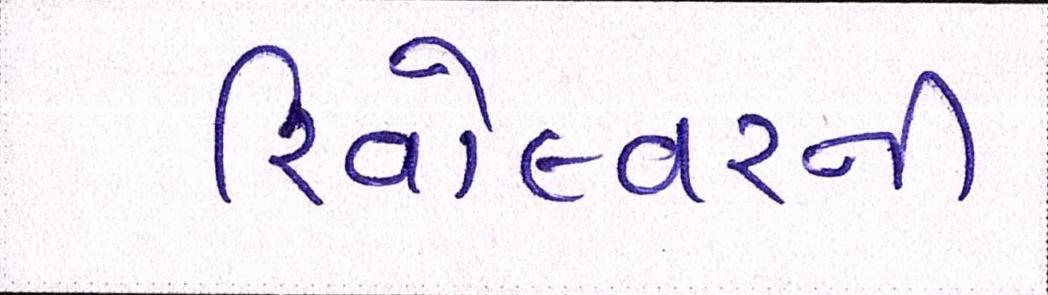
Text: રિવોલ્વરની